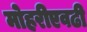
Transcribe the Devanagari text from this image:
मोहरीएवढी